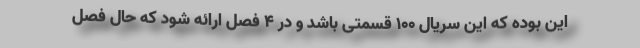
این بوده که این سریال 100 قسمتی باشد و در 4 فصل ارائه شود که حال فصل